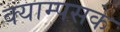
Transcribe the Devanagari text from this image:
क्याम्पसके